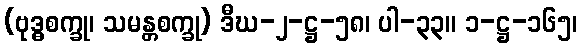
(ဗုဒ္ဓစက္ခု၊ သမန္တစက္ခု) ဒီဃ-၂-ဋ္ဌ-၅၈၊ ပါ-၃၃။ ၁-ဋ္ဌ-၁၆၅၊